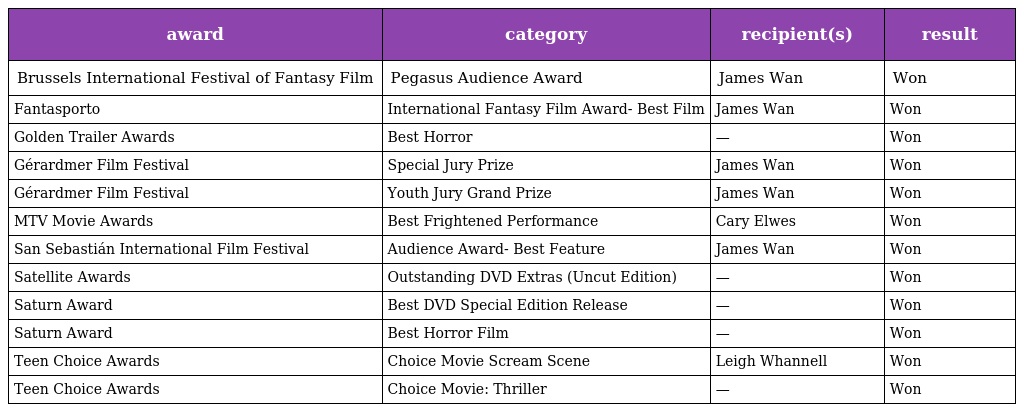
| award | category | recipient(s) | result |
 | --- | --- | --- | --- |
 | Brussels International Festival of Fantasy Film | Pegasus Audience Award | James Wan | Won |
 | Fantasporto | International Fantasy Film Award- Best Film | James Wan | Won |
 | Golden Trailer Awards | Best Horror | — | Won |
 | Gérardmer Film Festival | Special Jury Prize | James Wan | Won |
 | Gérardmer Film Festival | Youth Jury Grand Prize | James Wan | Won |
 | MTV Movie Awards | Best Frightened Performance | Cary Elwes | Won |
 | San Sebastián International Film Festival | Audience Award- Best Feature | James Wan | Won |
 | Satellite Awards | Outstanding DVD Extras (Uncut Edition) | — | Won |
 | Saturn Award | Best DVD Special Edition Release | — | Won |
 | Saturn Award | Best Horror Film | — | Won |
 | Teen Choice Awards | Choice Movie Scream Scene | Leigh Whannell | Won |
 | Teen Choice Awards | Choice Movie: Thriller | — | Won |